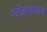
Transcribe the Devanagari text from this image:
परीक्षाणात्मक